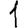
Digit: 1